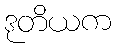
ဒုတိယက